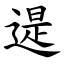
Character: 遈